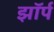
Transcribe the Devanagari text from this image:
झॉर्प